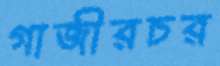
গাজীরচর